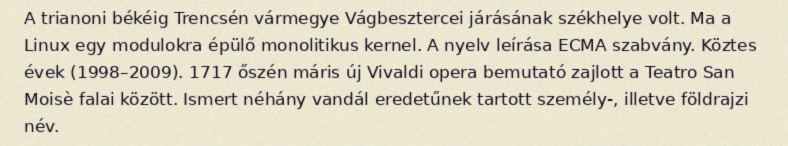
A trianoni békéig Trencsén vármegye Vágbesztercei járásának székhelye volt. Ma a Linux egy modulokra épülő monolitikus kernel. A nyelv leírása ECMA szabvány. Köztes évek (1998–2009). 1717 őszén máris új Vivaldi opera bemutató zajlott a Teatro San Moisè falai között. Ismert néhány vandál eredetűnek tartott személy-, illetve földrajzi név.